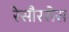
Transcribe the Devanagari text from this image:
रेसौरसेस